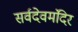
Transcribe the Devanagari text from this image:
सर्वदेवमंदिर